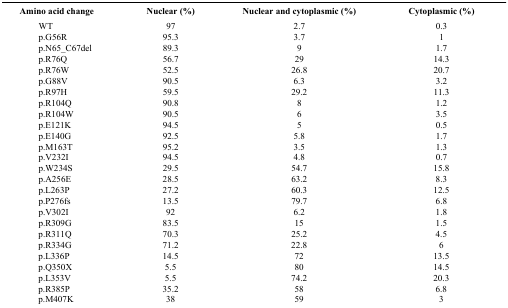
<table><thead><tr><td><b>Amino acid change</b></td><td><b>Nuclear (%)</b></td><td><b>Nuclear and cytoplasmic (%)</b></td><td><b>Cytoplasmic (%)</b></td></tr></thead><tbody><tr><td>WT</td><td>97</td><td>2.7</td><td>0.3</td></tr><tr><td>p.G56R</td><td>95.3</td><td>3.7</td><td>1</td></tr><tr><td>p.N65_C67del</td><td>89.3</td><td>9</td><td>1.7</td></tr><tr><td>p.R76Q</td><td>56.7</td><td>29</td><td>14.3</td></tr><tr><td>p.R76W</td><td>52.5</td><td>26.8</td><td>20.7</td></tr><tr><td>p.G88V</td><td>90.5</td><td>6.3</td><td>3.2</td></tr><tr><td>p.R97H</td><td>59.5</td><td>29.2</td><td>11.3</td></tr><tr><td>p.R104Q</td><td>90.8</td><td>8</td><td>1.2</td></tr><tr><td>p.R104W</td><td>90.5</td><td>6</td><td>3.5</td></tr><tr><td>p.E121K</td><td>94.5</td><td>5</td><td>0.5</td></tr><tr><td>p.E140G</td><td>92.5</td><td>5.8</td><td>1.7</td></tr><tr><td>p.M163T</td><td>95.2</td><td>3.5</td><td>1.3</td></tr><tr><td>p.V232I</td><td>94.5</td><td>4.8</td><td>0.7</td></tr><tr><td>p.W234S</td><td>29.5</td><td>54.7</td><td>15.8</td></tr><tr><td>p.A256E</td><td>28.5</td><td>63.2</td><td>8.3</td></tr><tr><td>p.L263P</td><td>27.2</td><td>60.3</td><td>12.5</td></tr><tr><td>p.P276fs</td><td>13.5</td><td>79.7</td><td>6.8</td></tr><tr><td>p.V302I</td><td>92</td><td>6.2</td><td>1.8</td></tr><tr><td>p.R309G</td><td>83.5</td><td>15</td><td>1.5</td></tr><tr><td>p.R311Q</td><td>70.3</td><td>25.2</td><td>4.5</td></tr><tr><td>p.R334G</td><td>71.2</td><td>22.8</td><td>6</td></tr><tr><td>p.L336P</td><td>14.5</td><td>72</td><td>13.5</td></tr><tr><td>p.Q350X</td><td>5.5</td><td>80</td><td>14.5</td></tr><tr><td>p.L353V</td><td>5.5</td><td>74.2</td><td>20.3</td></tr><tr><td>p.R385P</td><td>35.2</td><td>58</td><td>6.8</td></tr><tr><td>p.M407K</td><td>38</td><td>59</td><td>3</td></tr></tbody></table>